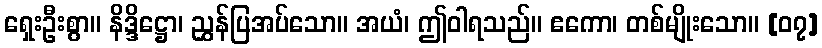
ရှေးဦးစွာ။ နိဒ္ဒိဋ္ဌော၊ ညွှန်ပြအပ်သော။ အယံ၊ ဤဝါရသည်။ ဧကော၊ တစ်မျိုးသော။ [၀၇]